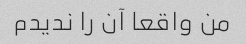
من واقعا آن را ندیدم